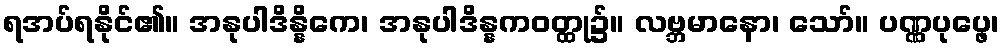
ရအပ်ရနိုင်၏။ အနုပါဒိန္နိကေ၊ အနုပါဒိန္နကဝတ္ထု၌။ လဗ္ဘမာနော၊ သော်။ ပဏ္ဏပုပ္ဖေ၊